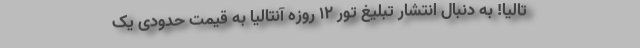
تالیا! به دنبال انتشار تبلیغ تور ۱۲ روزه آنتالیا به قیمت حدودی یک